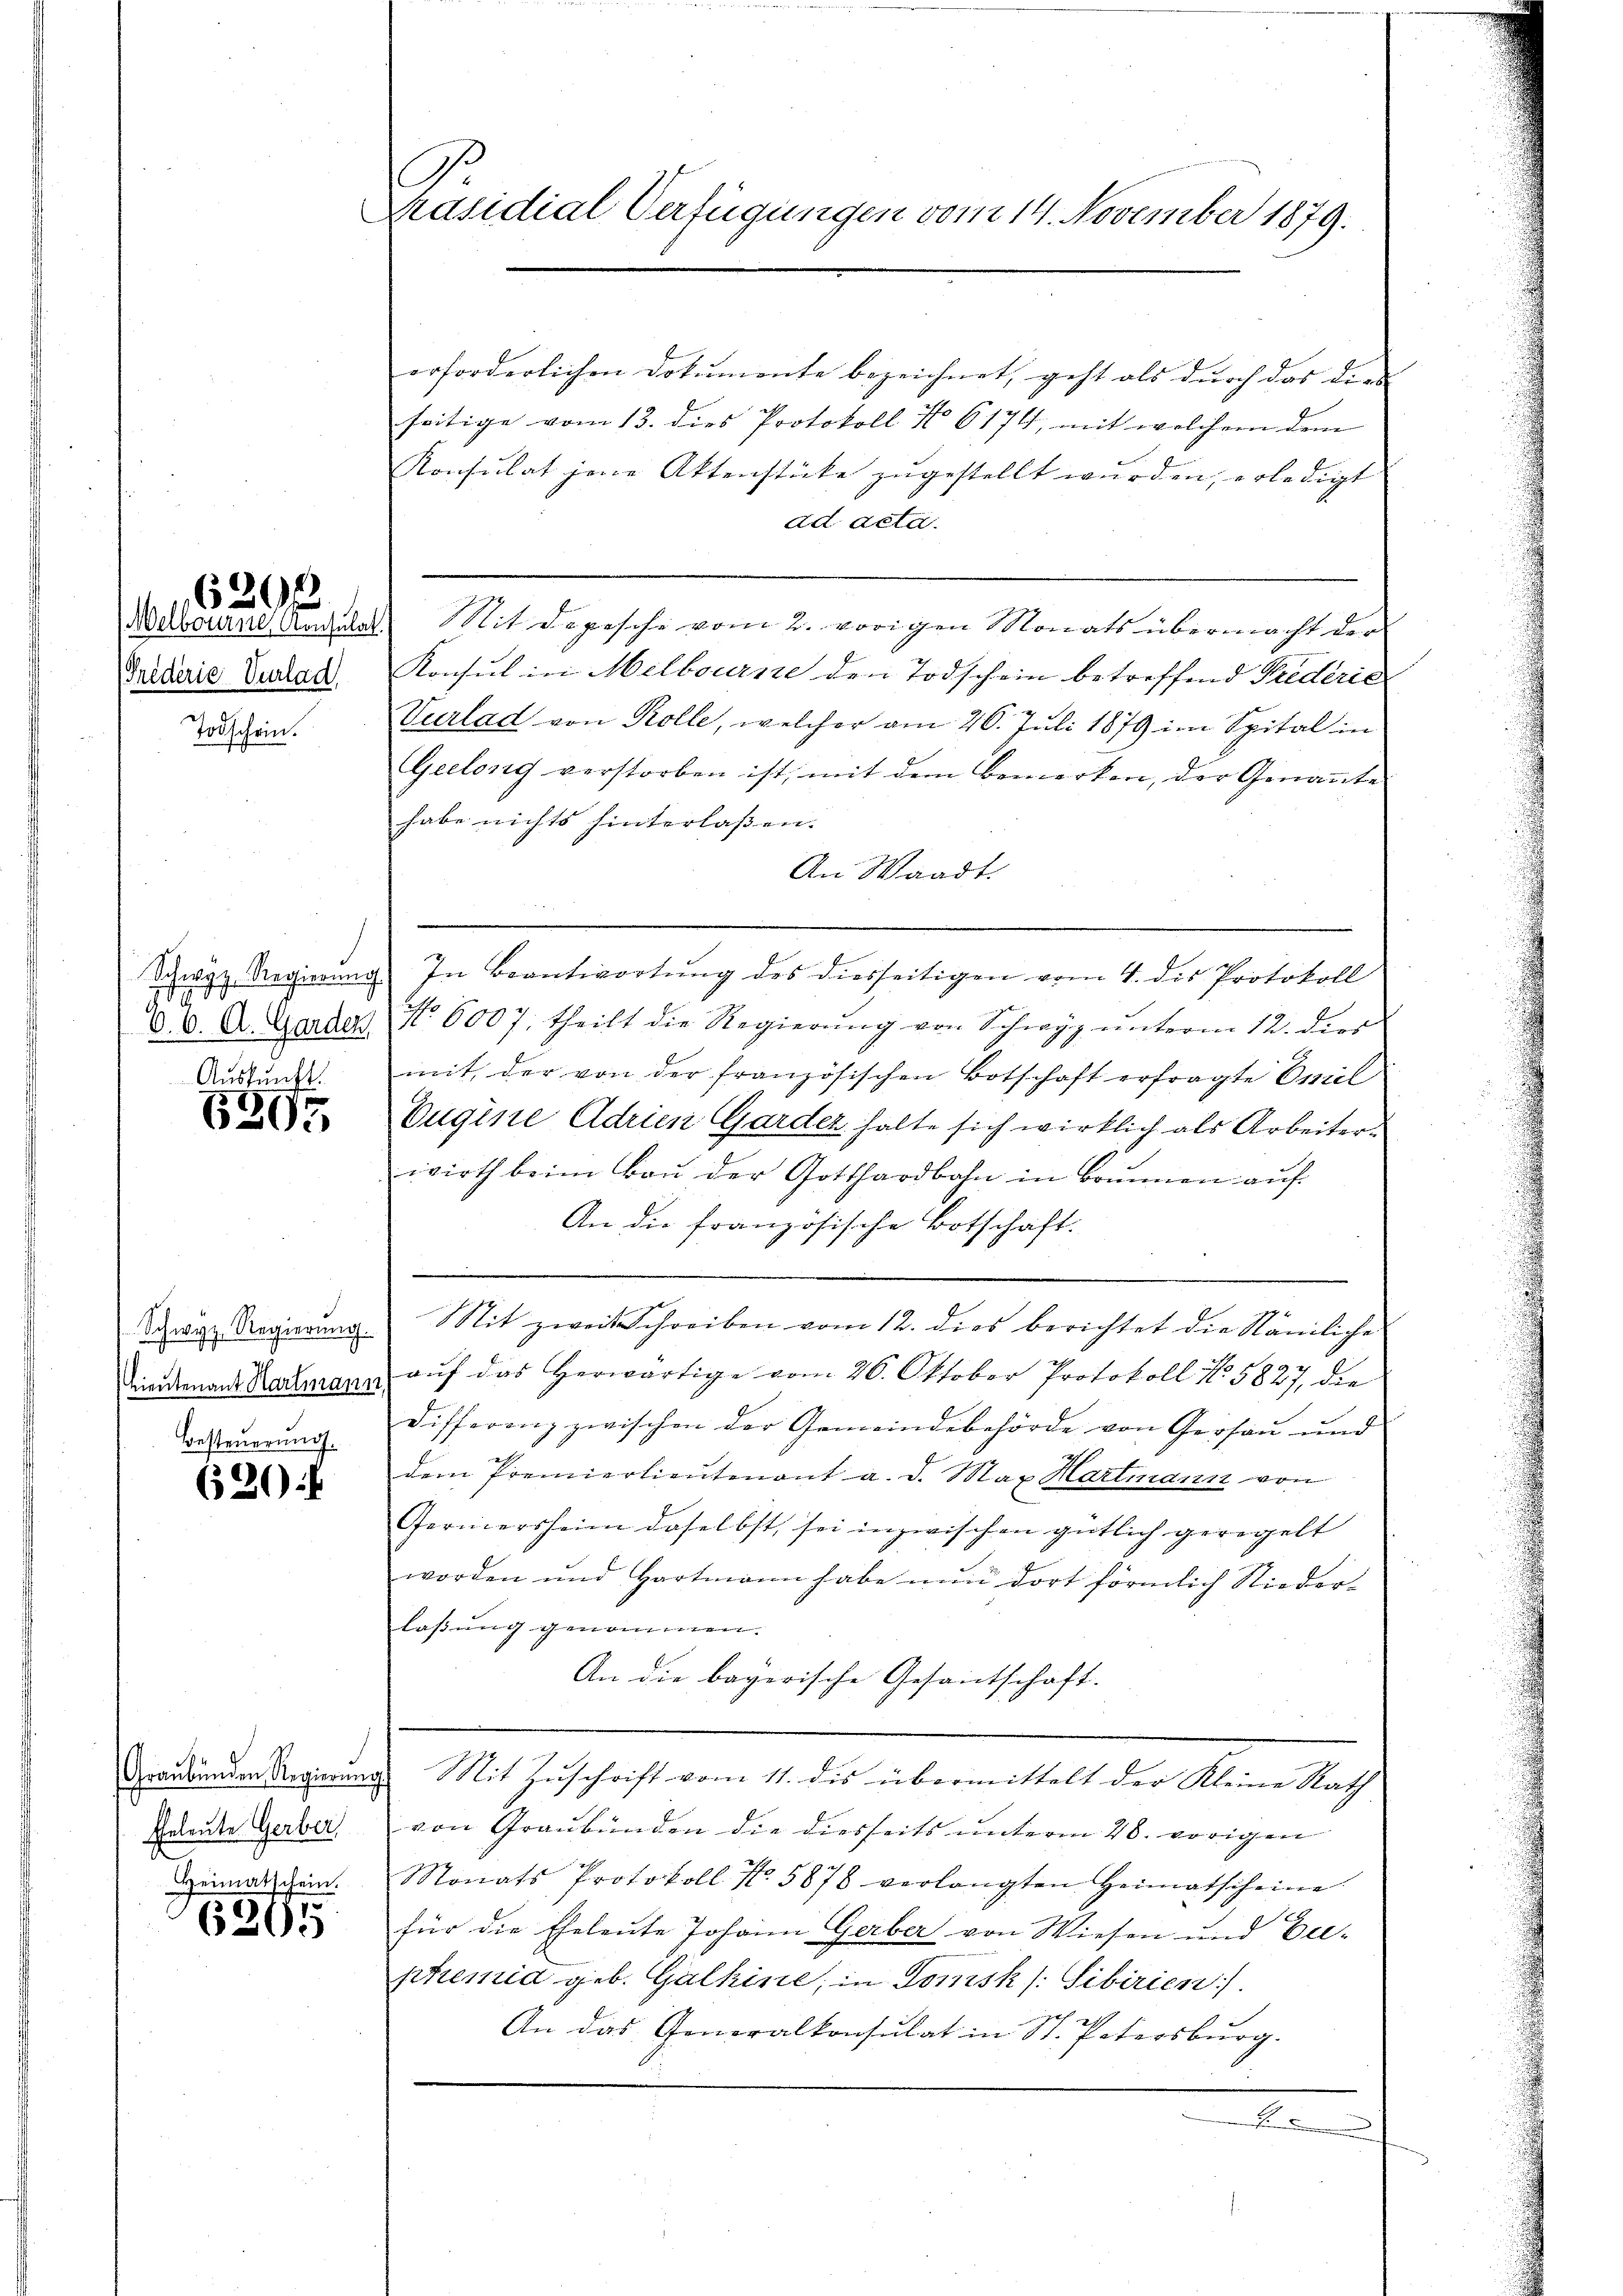
(Grederie Verlad
Todschein.

6206

Auskunft.
6305

Schwyz Regierung.
Lieutenant Hartmann
Besteuerung.

620 f

Eheleute Gerber
Heimatschein.

6205

C
Präsidial-Verfügungen vom 14. November 1879.

erforderlichen Dokumente bezeichnet, geht als durch das die |
seitige vom 13. dies Protokoll No 6174, mit welchem dem
Konsulat jene Aktenstücke zugestellt wurden, erledigt
ad acta.
Nelbourne Angulat Mit Depesche vom 2. vorigen Monats übermacht der
Konsul in Melbourse den Todschein betreffend Prederiel
Vurlad von Kolle, welcher am 26. Juli 1879 im Spital in
Geelonig verstorben ist, mit dem Bemerken, der Genannte
habe nichts hinterlaßen.
An Waadt.
A
Schwyz Regierŭng. In Beantwortŭng des diesseitigen vom 4. die Protokoll
d. 6. A. Gardes No 6007. theilt die Regierŭng von Schwyz ŭnterm 12. die
mit der von der französischen Botschaft erfragte Omel
Eugine Adrien Garder halte sich wirklich als Arbeiter
wirth beim Bau der Gotthardbahn in Brunnen auf
An die französische Botschaft.
Mit zweit Schreiben vom 12. dies berichtet die Nämliche
aŭf das herwärtige vom 26. Oktober Protokoll No 5827, die
Differenz zwischen der Gemeindebehörde von Gersau und
dem Premierlieutenant a. d. Max Hartmann von
Feriersheim daselbst, sei inzwischen gütlich geregelt
worden und Hartmann habe nun dort förmlich Nieder-
laßung genommen.
An die bayerische Gesandtschaft.
Graubünden Regierung. Mit Zuschrift vom 11. des übermittelt der Kleine Rath
von Graubünden die diesseits unterm 28. vorigen
Stonats Protokoll No 5878 verlangten Heimatscheine
für die Eheleute Johann Gerber von Wiesen und Er-
premid geb. Galhine, in Tomsk (: Sibirien).
An das Generalkonsulat in St. Petersburg.
wesen de